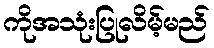
ကိုအသုံးပြုလိမ့်မည်